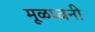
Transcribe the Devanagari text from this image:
मूळध्वनी